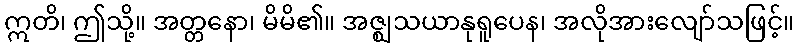
ဣတိ၊ ဤသို့။ အတ္တနော၊ မိမိ၏။ အဇ္ဈသယာနုရူပေန၊ အလိုအားလျော်သဖြင့်။